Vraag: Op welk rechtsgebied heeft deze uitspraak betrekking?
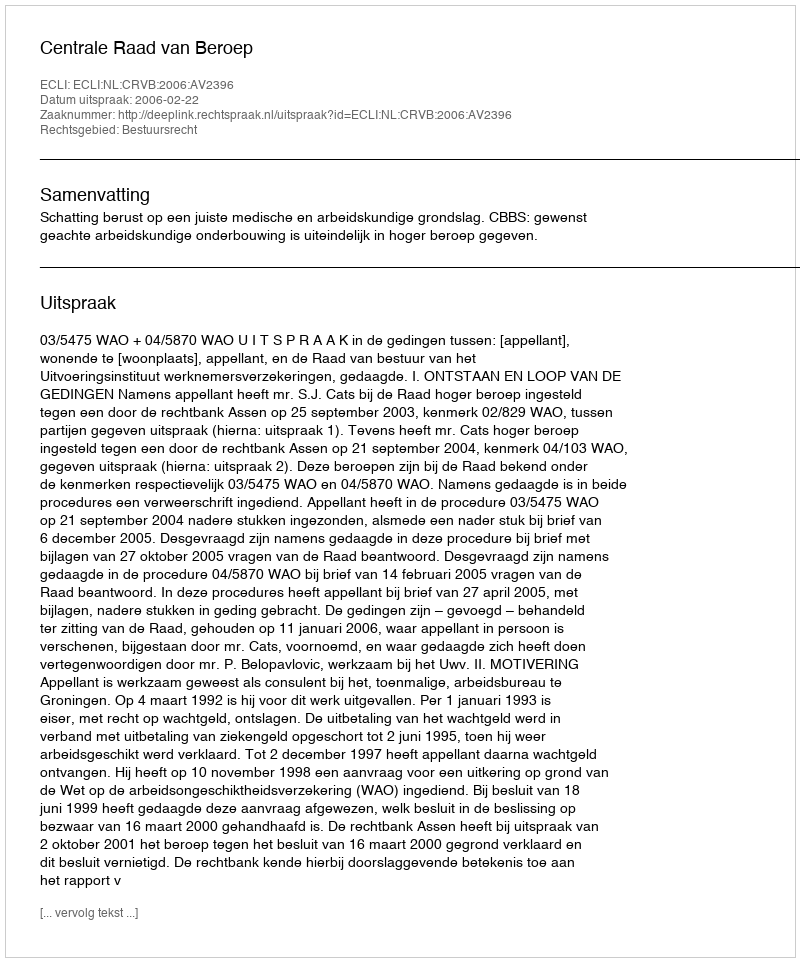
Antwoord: Bestuursrecht